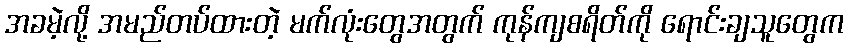
အခမဲ့လို့ အမည်တပ်ထားတဲ့ မက်လုံးတွေအတွက် ကုန်ကျစရိတ်ကို ရောင်းချသူတွေက